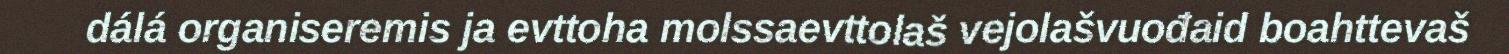
dálá organiseremis ja evttoha molssaevttolaš vejolašvuođaid boahttevaš